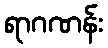
ရာဂဏန်း